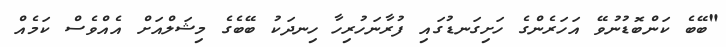
"ބޭބެ ކަންބޮޑުނުވޭ އަހަރެންގެ ހަށިގަނޑުގައި ފުރާނަހުރިހާ ހިނދަކު ބޭބެގެ މިޝަލްއަށް އެއްވެސް ކަމެއް